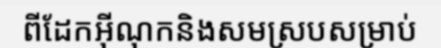
ពីដែកអ៊ីណុកនិងសមស្របសម្រាប់